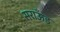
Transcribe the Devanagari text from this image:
सराऊँड